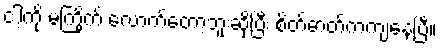
ငါ့ကို မကြိုက် လောက်တော့ဘူးဆိုပြီး စိတ်ဓာတ်ကကျနေပြီ။